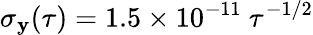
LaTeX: \sigma_{\mathbf{y}}(\tau)=1.5\times10^{-11}~\tau^{-1/2}